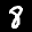
Label: 8